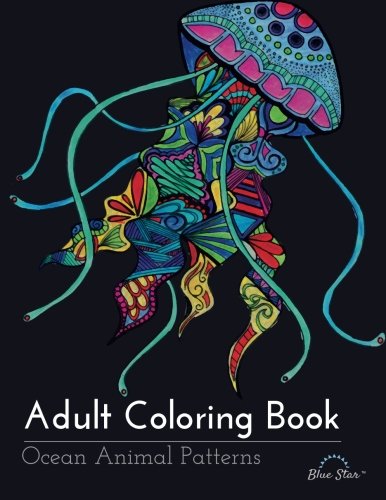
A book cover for Adult Coloring Book: Ocean Animal Patterns; Blue Star Coloring; Humor & Entertainment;